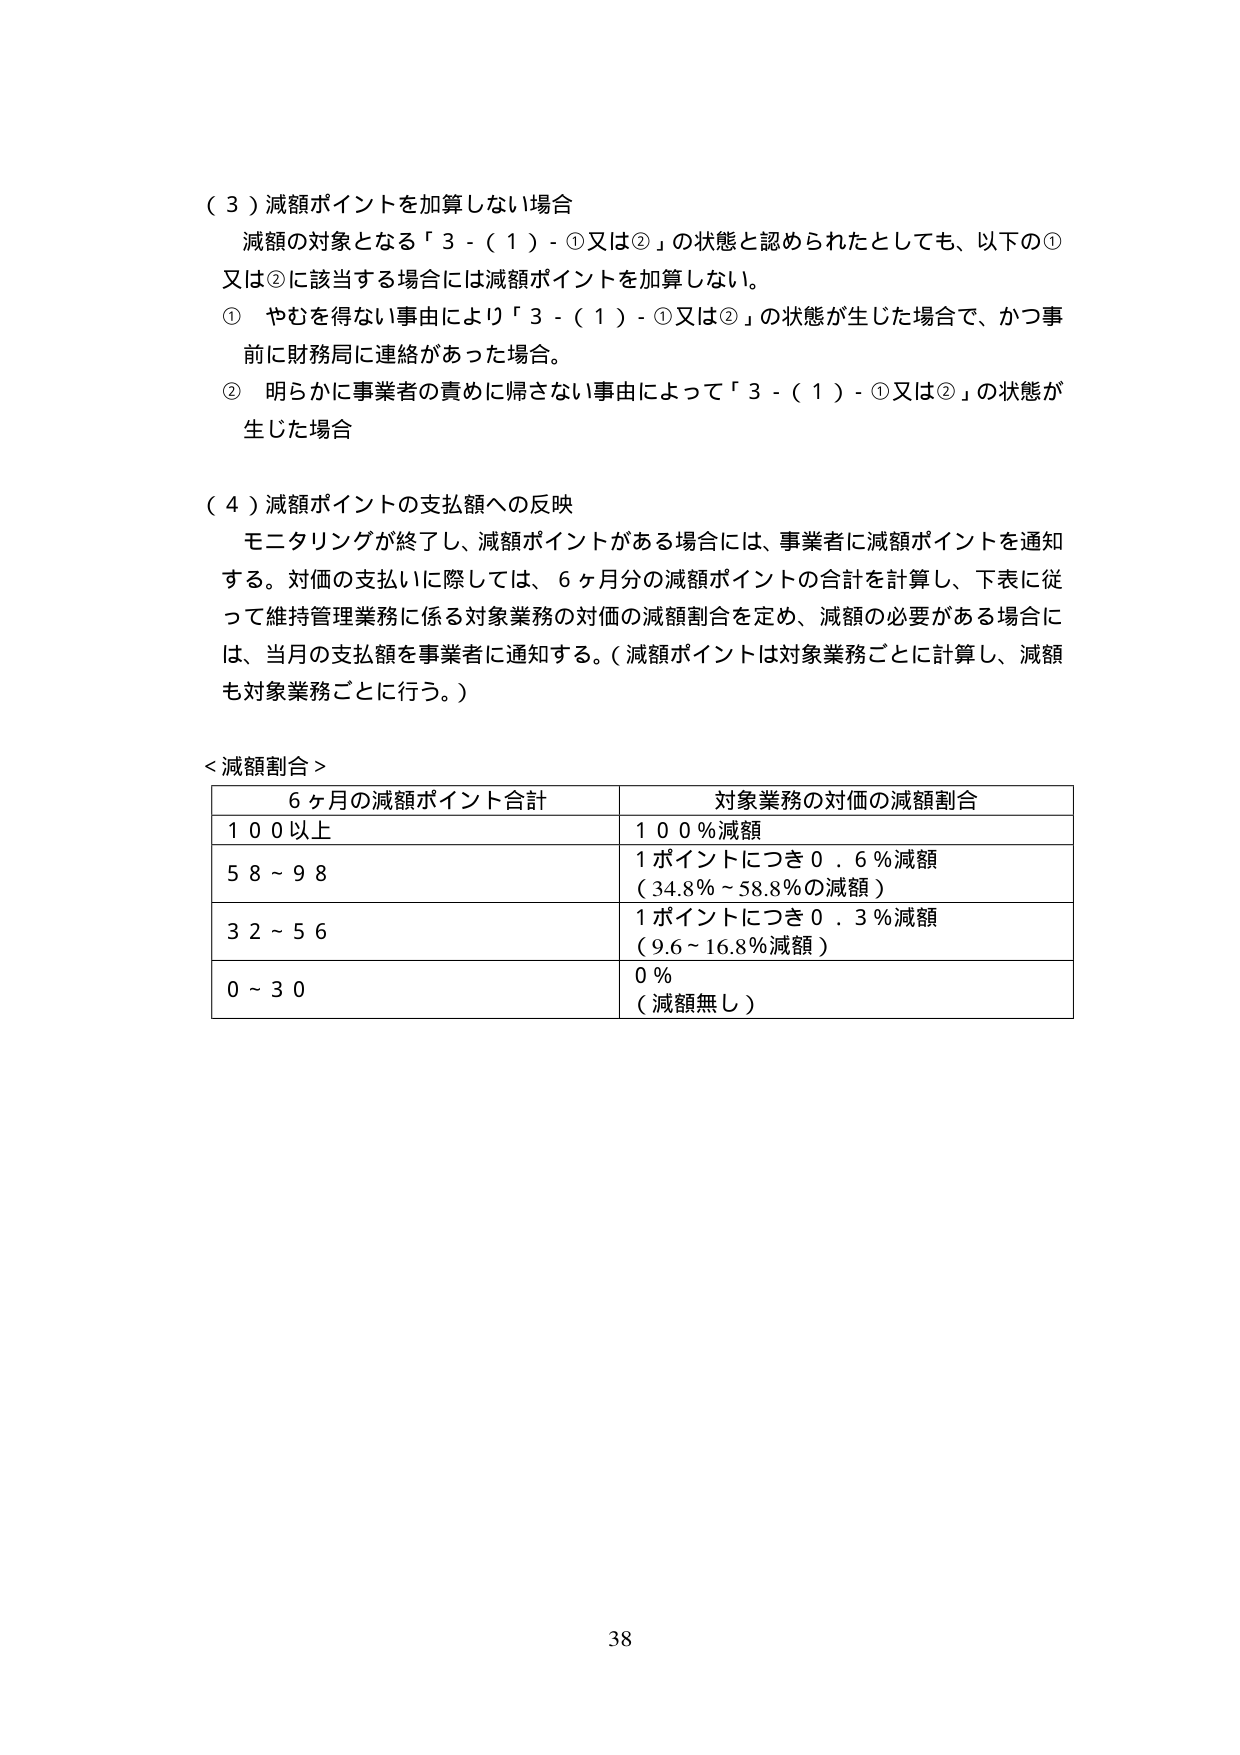
（３）減額ポイントを加算しない場合
減額の対象となる「３－（１）－①又は②」の状態と認められたとしても、以下の①又は②に該当する場合には減額ポイントを加算しない。
① やむを得ない事由により「３－（１）－①又は②」の状態が生じた場合で、かつ事前に財務局に連絡があった場合。
② 明らかに事業者の責めに帰さない事由によって「３－（１）－①又は②」の状態が生じた場合

（４）減額ポイントの支払額への反映
モニタリングが終了し、減額ポイントがある場合には、事業者に減額ポイントを通知する。対価の支払いに際しては、６ヶ月分の減額ポイントの合計を計算し、下表に従って維持管理業務に係る対象業務の対価の減額割合を定め、減額の必要がある場合には、当月の支払額を事業者に通知する。（減額ポイントは対象業務ごとに計算し、減額も対象業務ごとに行う。）

＜減額割合＞
| ６ヶ月の減額ポイント合計 | 対象業務の対価の減額割合 |
|--------------------------|--------------------------|
| １００以上               | １００％減額             |
| ５８～９８               | １ポイントにつき０．６％減額（34.8％～58.8％の減額） |
| ３２～５６               | １ポイントにつき０．３％減額（9.6～16.8％減額） |
| ０～３０                | ０％（減額無し）         |

38